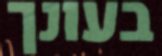
בעונך